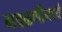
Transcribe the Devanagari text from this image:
गवळणीमध्ये